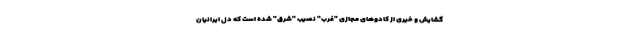
گشایش و خیری از کادوهای مجازی "غرب" نصیب "شرق" شده است که دلِ ایرانیان